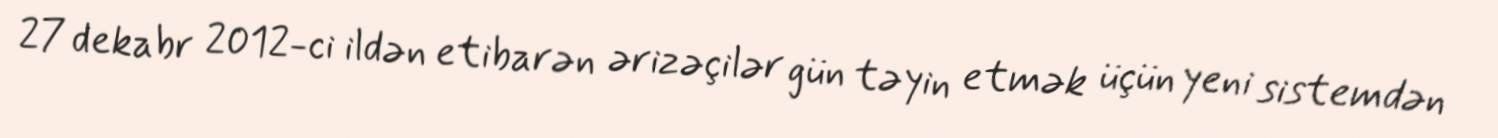
27 dekabr 2012-ci ildən etibarən ərizəçilər gün təyin etmək üçün yeni sistemdən